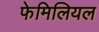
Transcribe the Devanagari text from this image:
फेमिलियल